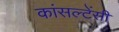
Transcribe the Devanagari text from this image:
कांसल्टेंसी